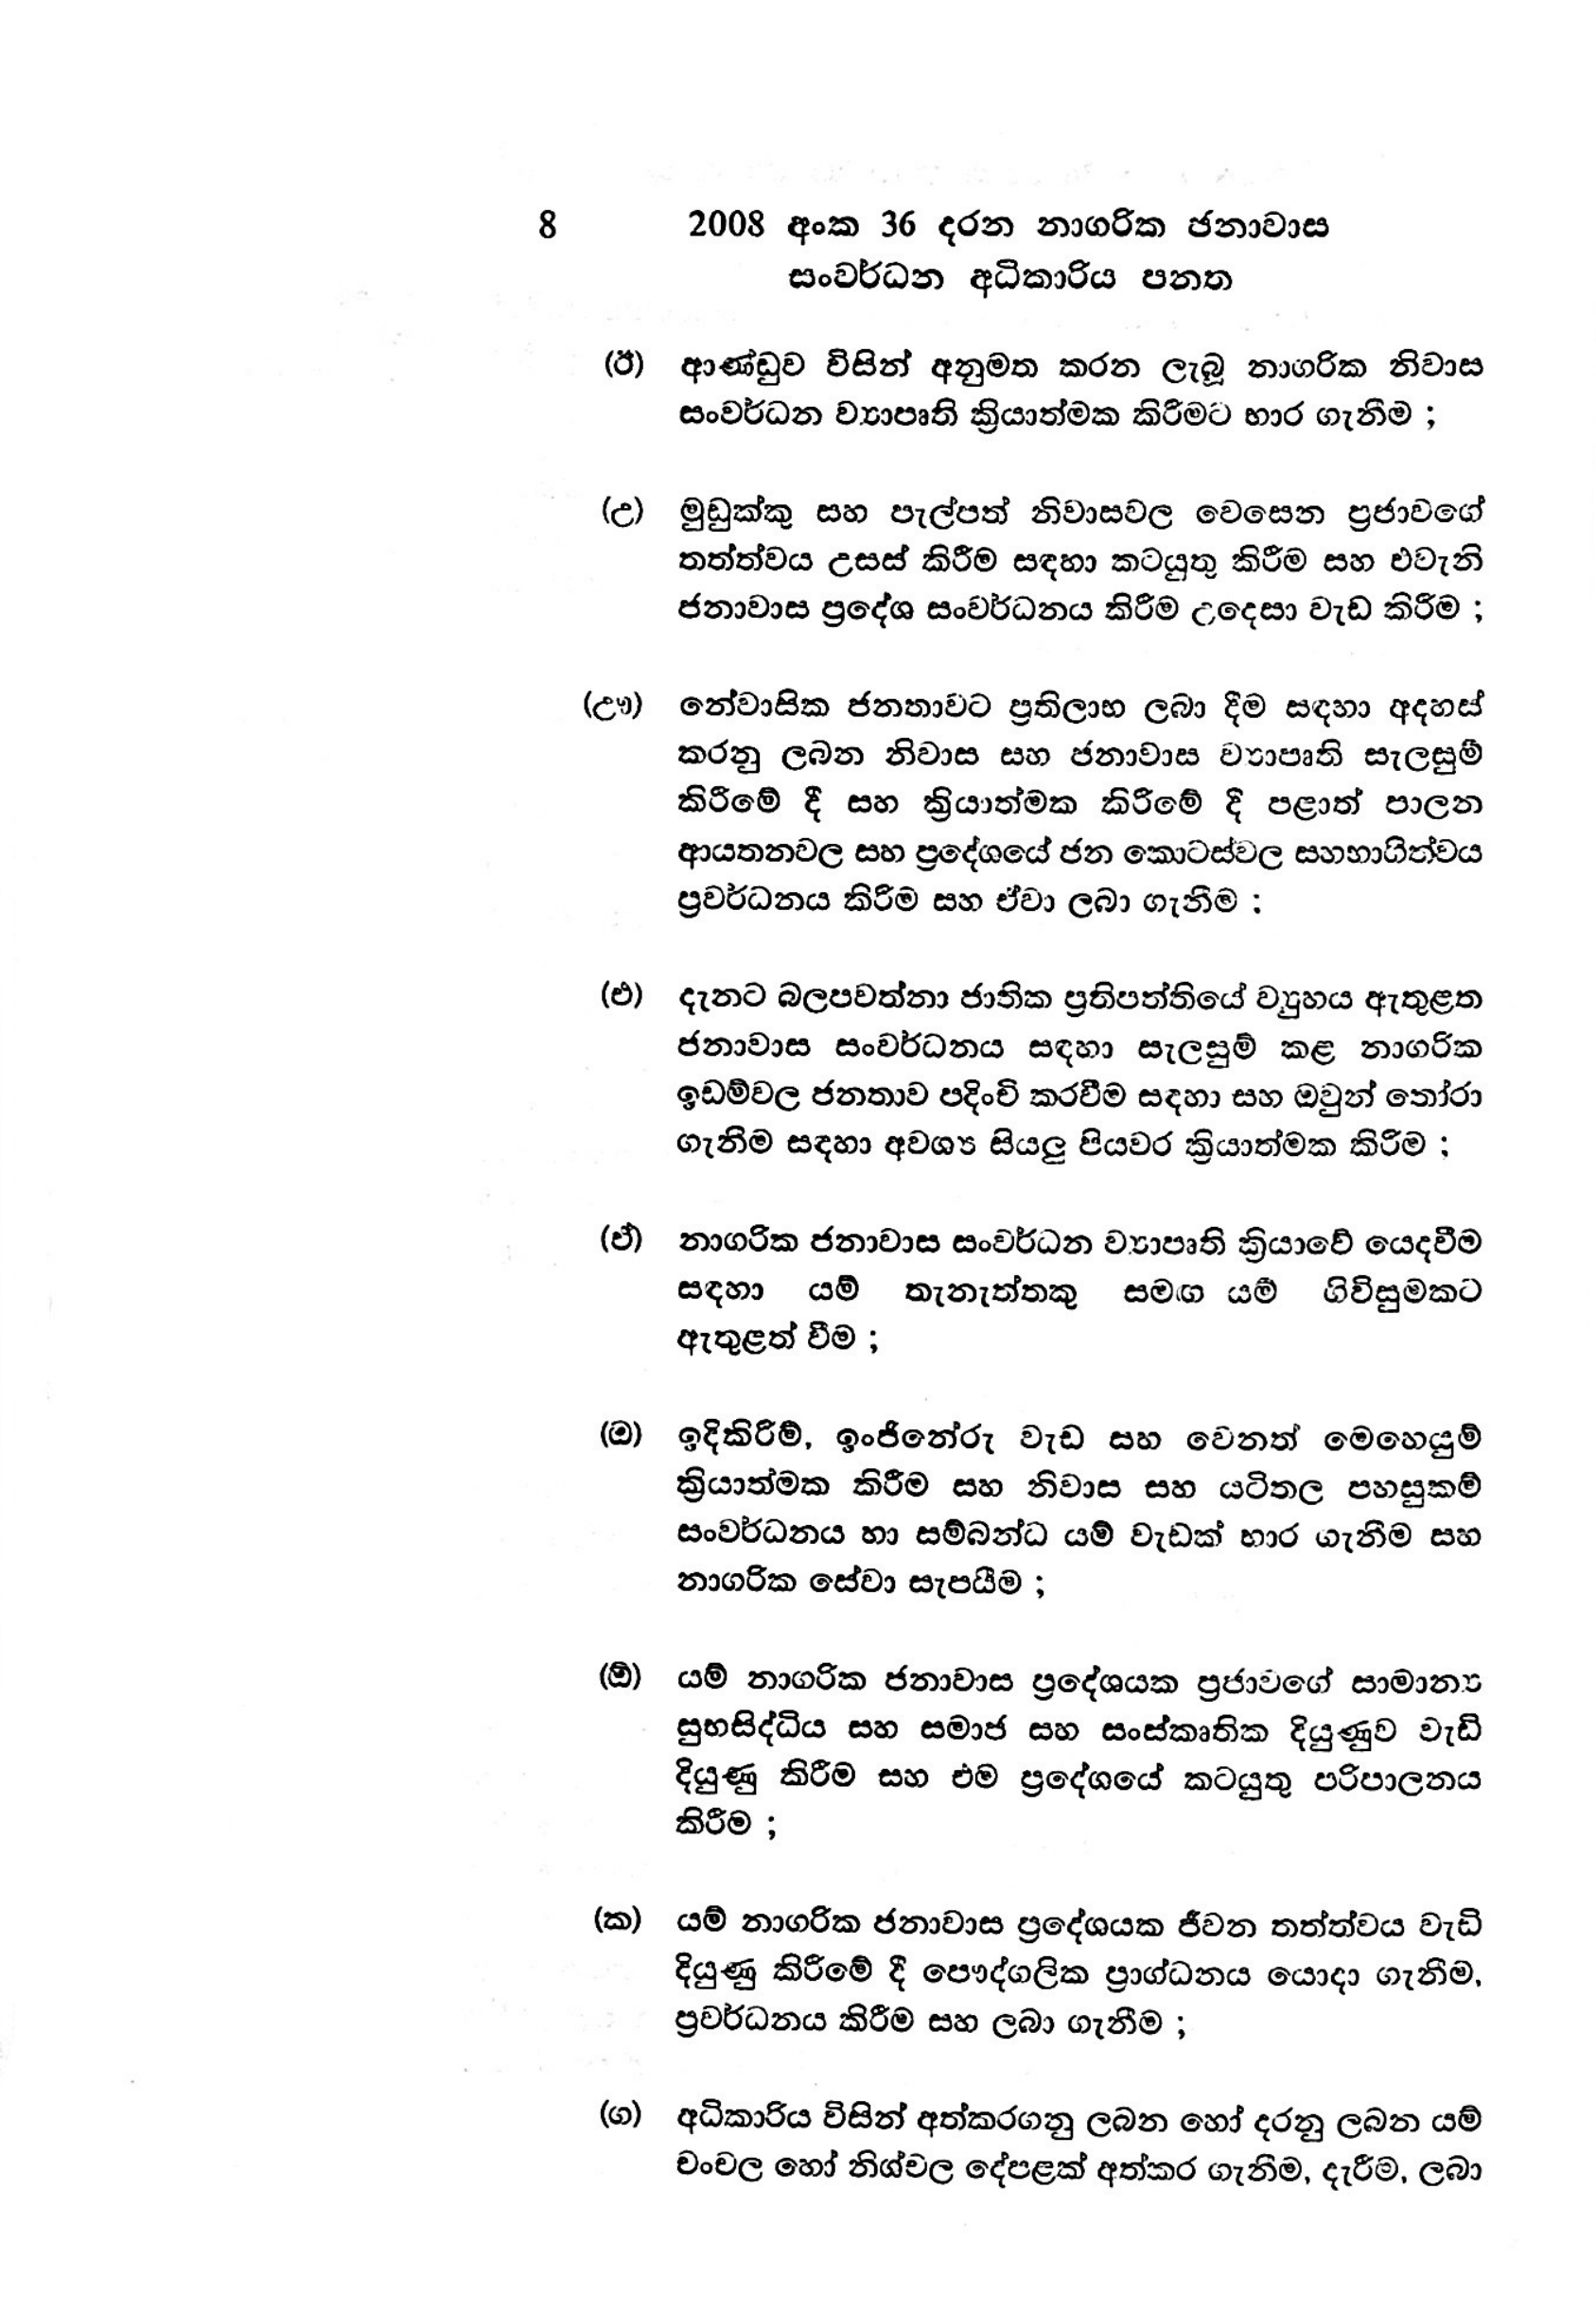
8 2008 අංක 36 දරන නාගරික ජනාවාස
සංවර්ධන අධිකාරිය පනත

(ඊ) ආණ්ඩුව විසින් අනුමත කරන ලැබූ නාගරික නිවාස
සංවර්ධන ව්‍යාපෘති ක්‍රියාත්මක කිරීමට භාර ගැනීම ;

(උ) මුඩුක්කු සහ පැල්පත් නිවාසවල වෙසෙන ප්‍රජාවගේ
තත්ත්වය උසස් කිරීම සඳහා කටයුතු කිරීම සහ එවැනි
ජනාවාස ප්‍රදේශ සංවර්ධනය කිරීම උදෙසා වැඩ කිරිම ;

(ඌ) නේවාසික ජනතාවට ප්‍රතිලාභ ලබා දීම සඳහා අදහස්
කරනු ලබන නිවාස සහ ජනාවාස ව්‍යාපෘති සැලසුම්
කිරීමේ දී සහ ක්‍රියාත්මක කිරීමේ දි පළාත් පාලන
ආයතනවල සහ ප්‍රදේශයේ ජන කොටස්වල සහභාගිත්වය
ප්‍රවර්ධනය කිරිම සහ ඒවා ලබා ගැනීම :

(එ) දැනට බලපවත්නා ජාතික ප්‍රතිපත්තියේ ව්‍යුහය ඇතුළත
ජනාවාස සංවර්ධනය සඳහා සැලසුම් කළ නාගරික
ඉඩම්වල ජනතාව පදිංචි කරවීම සඳහා සහ ඔවුන් තෝරා
ගැනීම සඳහා අවශ්‍ය සියලු පියවර ක්‍රියාත්මක කිරිම ;

(ඒ) නාගරික ජනාවාස සංවර්ධන ව්‍යාපෘති ක්‍රියාවේ යෙදවීම
සඳහා යම් තැනැත්තකු සමග යම් ගිවිසුමකට
ඇතුළත් වීම ;

(ඔ) ඉදිකිරීම්, ඉංජිනේරු වැඩ සහ වෙනත් මෙහෙයුම්
ක්‍රියාත්මක කිරීම සහ නිවාස සහ යටිතල පහසුකම්
සංවර්ධනය හා සම්බන්ධ යම් වැඩක් භාර ගැනීම සහ
නාගරික සේවා සැපයීම ;

(ඕ) යම් නාගරික ජනාවාස ප්‍රදේශයක ප්‍රජාවගේ සාමාන්‍ය
සුභසිද්ධිය සහ සමාජ සහ සංස්කෘතික දියුණුව වැඩි
දියුණු කිරීම සහ එම ප්‍රදේශයේ කටයුතු පරිපාලනය
කිරීම;

(ක) යම් නාගරික ජනාවාස ප්‍රදේශයක ජීවන තත්ත්වය වැඩි
දියුණු කිරිමේ දී පෞද්ගලික ප්‍රාග්ධනය යොදා ගැනීම,
ප්‍රවර්ධනය කිරීම සහ ලබා ගැනීම ;

(ග) අධිකාරිය විසින් අත්කරගනු ලබන හෝ දරනු ලබන යම්
චංචල හෝ නිශ්චල දේපළක් අත්කර ගැනීම, දැරීම, ලබා